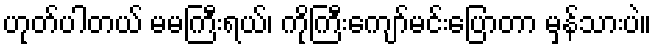
ဟုတ်ပါတယ် မမကြီးရယ်၊ ကိုကြီးကျော်မင်းပြောတာ မှန်သားပဲ။